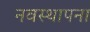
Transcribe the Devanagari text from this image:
नवस्थापना